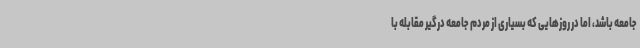
جامعه باشد، اما در روزهایی که بسیاری از مردم جامعه درگیر مقابله با